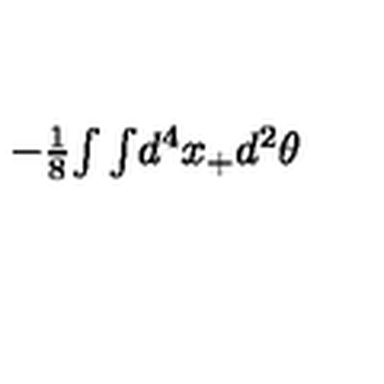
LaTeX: - \textstyle { \frac { 1 } { 8 } } { \int \int } d ^ { 4 } x _ { + } d ^ { 2 } \theta ~